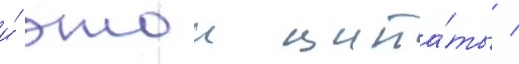
и́ этои цита́ты /